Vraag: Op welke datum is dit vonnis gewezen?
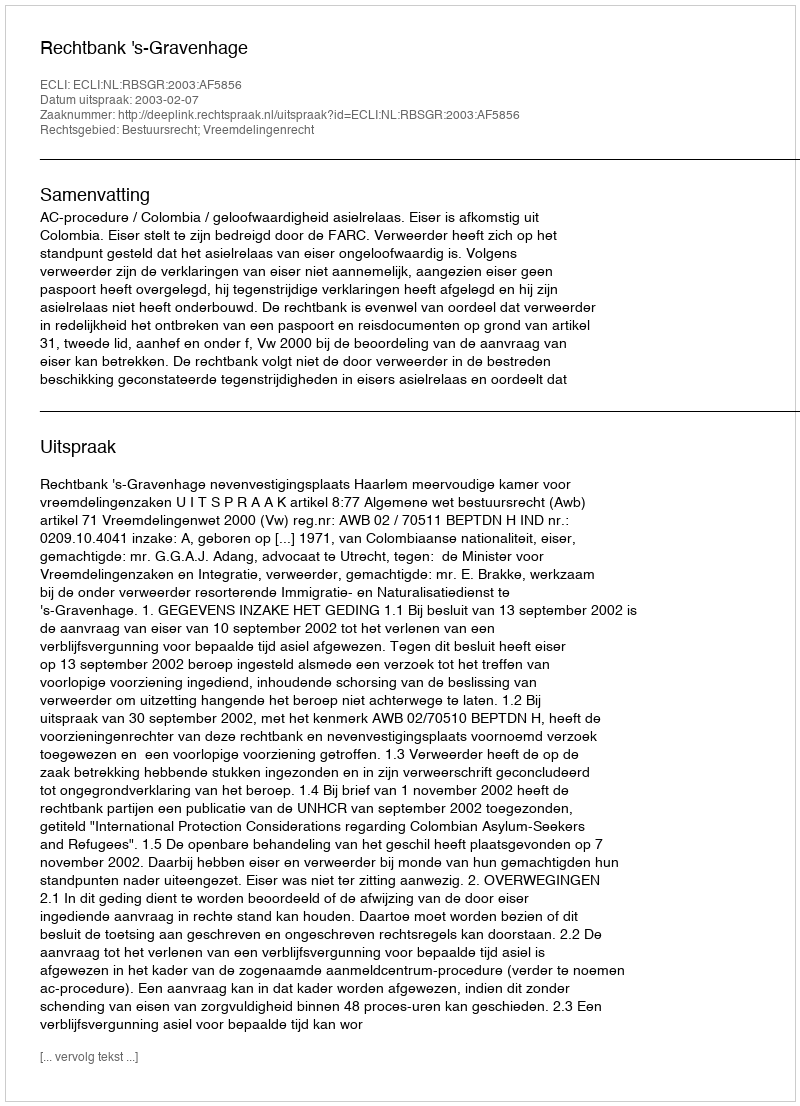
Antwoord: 2003-02-07